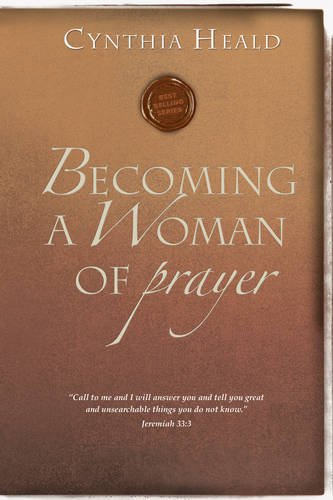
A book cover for Becoming a Woman of Prayer; Cynthia Heald; Religion & Spirituality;